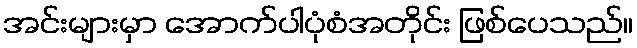
အင်းများမှာ အောက်ပါပုံစံအတိုင်း ဖြစ်ပေသည်။